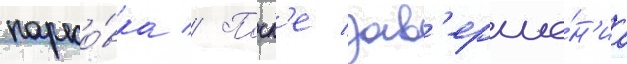
парко́вка // Посл'е зав'ерше́н'иа